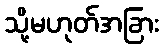
သို့မဟုတ်အခြား